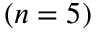
( n = 5 )